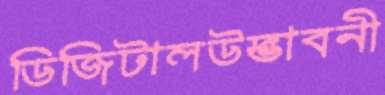
ডিজিটালউদ্ভাবনী